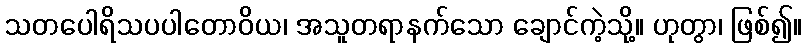
သတပေါရိသပပါတောဝိယ၊ အသူတရာနက်သော ချောင်ကဲ့သို့။ ဟုတွာ၊ ဖြစ်၍။